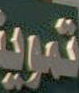
་་་